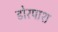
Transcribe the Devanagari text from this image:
डोरपाश